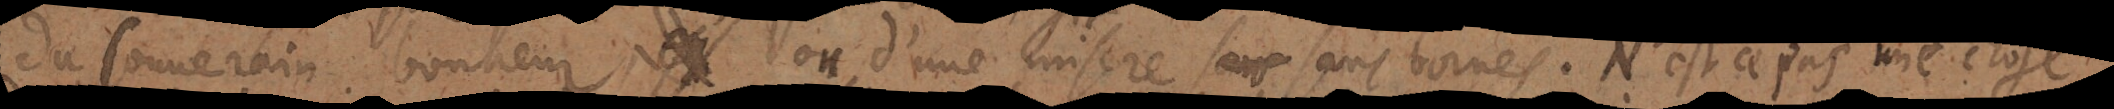
du souverain bonheur ou d’une misere sans bornes. N’est ce pas une chose